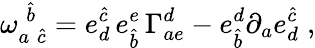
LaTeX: {\omega}_{a\; \hat{c}}^{\; \hat{b}}=e_{d}^{\hat{c}}\, e_{\hat{b}}^{e}\, \Gamma_{ae}^{d}-e_{\hat{b}}^{d}\partial_{a}e_{d}^{\hat{c}}\; ,